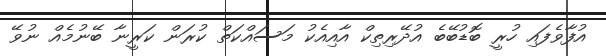
އުފާވެފައި ހުރީ ބޮޑުބޭބެ އުދޭރިތިކް އާއިއެކު މަސައްކަތް ކުރަން ކަރީނާ ބޭނުމެއް ނުވޭ